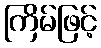
ကြိမ်ဖြင့်